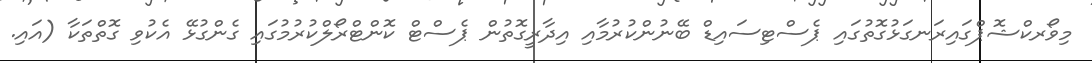
މިވޯރކްޝޮޕްގައިރަނގަޅުގޮތުގައި ޕެސްޓިސައިޑް ބޭނުންކުރުމާއި އިދާރީގޮތުން ޕެސްޓް ކޮންޓްރޯލްކުރުމުގައި ގެންގުޅޭ އެކުވި ގޮތްތަކާ (އައި.